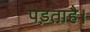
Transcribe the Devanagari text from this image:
पड़ताहै।